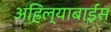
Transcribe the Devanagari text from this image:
अहिल्याबाईंस